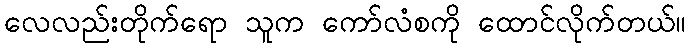
လေလည်းတိုက်ရော သူက ကော်လံစကို ထောင်လိုက်တယ်။